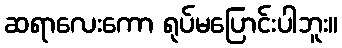
ဆရာလေးကော ရုပ်မပြောင်းပါဘူး။